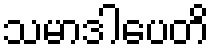
သမာဒါပေတိ